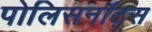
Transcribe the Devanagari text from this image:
पोलिसनॉट्स